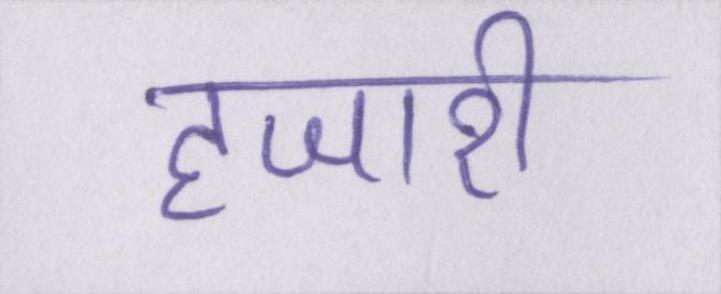
हजारी